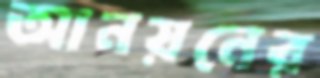
আনয়নের